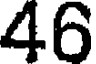
46